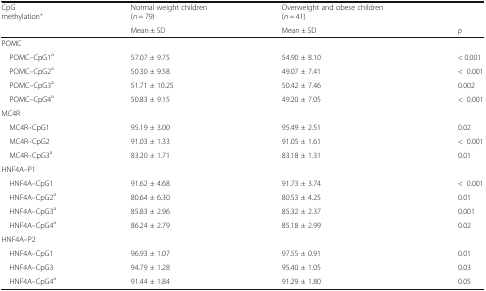
<table><thead><tr><td rowspan="2"><b>CpG methylation<sup>+</sup></b></td><td><b>Normal weight children (<i>n</i> = 79)</b></td><td><b>Overweight and obese children (<i>n</i> = 41)</b></td><td></td></tr><tr><td><b>Mean ± SD</b></td><td><b>Mean ± SD</b></td><td><b><i>p</i></b></td></tr></thead><tbody><tr><td colspan="4">POMC</td></tr><tr><td> POMC–CpG1<sup>a</sup></td><td>57.07 ± 9.75</td><td>54.90 ± 8.10</td><td>&lt; 0.001</td></tr><tr><td> POMC–CpG2<sup>a</sup></td><td>50.30 ± 9.58</td><td>49.07 ± 7.41</td><td>&lt;0.001</td></tr><tr><td> POMC–CpG3<sup>a</sup></td><td>51.71 ± 10.25</td><td>50.42 ± 7.46</td><td>0.002</td></tr><tr><td> POMC–CpG4<sup>a</sup></td><td>50.83 ± 9.15</td><td>49.20 ± 7.05</td><td>&lt;0.001</td></tr><tr><td colspan="4">MC4R</td></tr><tr><td> MC4R–CpG1</td><td>95.19 ± 3.00</td><td>95.49 ± 2.51</td><td>0.02</td></tr><tr><td> MC4R–CpG2</td><td>91.03 ± 1.33</td><td>91.05 ± 1.61</td><td>&lt;0.001</td></tr><tr><td> MC4R–CpG3<sup>a</sup></td><td>83.20 ± 1.71</td><td>83.18 ± 1.31</td><td>0.01</td></tr><tr><td colspan="4">HNF4A–P1</td></tr><tr><td> HNF4A–CpG1</td><td>91.62 ± 4.68</td><td>91.73 ± 3.74</td><td>&lt;0.001</td></tr><tr><td> HNF4A–CpG2<sup>a</sup></td><td>80.64 ± 6.30</td><td>80.53 ± 4.25</td><td>0.01</td></tr><tr><td> HNF4A–CpG3<sup>a</sup></td><td>85.83 ± 2.96</td><td>85.32 ± 2.37</td><td>0.001</td></tr><tr><td> HNF4A–CpG4<sup>a</sup></td><td>86.24 ± 2.79</td><td>85.18 ± 2.99</td><td>0.02</td></tr><tr><td colspan="4">HNF4A–P2</td></tr><tr><td> HNF4A–CpG1</td><td>96.93 ± 1.07</td><td>97.55 ± 0.91</td><td>0.01</td></tr><tr><td> HNF4A–CpG3</td><td>94.79 ± 1.28</td><td>95.40 ± 1.05</td><td>0.03</td></tr><tr><td> HNF4A–CpG4<sup>a</sup></td><td>91.44 ± 1.84</td><td>91.29 ± 1.80</td><td>0.05</td></tr></tbody></table>